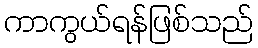
ကာကွယ်ရန်ဖြစ်သည်